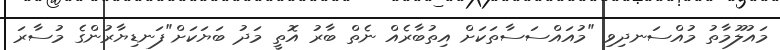
މައުލޫމާތު މުއްސަނދިވި "މުއައްސަސާތަކަށް އިތުބާރެއް ނެތް ބާރު އޮތީ މަދު ބަޔަކަށް"ފަނޑިޔާރުންގެ މުސާރަ